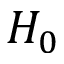
H _ { 0 }